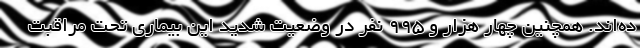
ده‌اند. همچنین چهار هزار و ۹۹۵ نفر در وضعیت شدید این بیماری تحت مراقبت